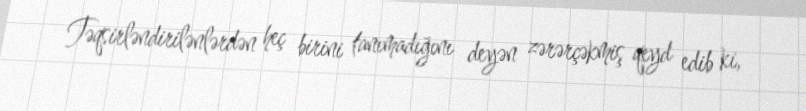
Təqsirləndirilənlərdən heç birini tanımadığını deyən zərərçəkmiş qeyd edib ki,